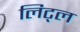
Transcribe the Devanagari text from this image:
लिट्‌ल